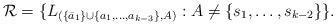
LaTeX: \begin{align*}\mathcal{R} = \{ L_{(\{\bar{a}_{1}\} \cup \{a_{1}, \ldots, a_{k-3}\}, A)} : A \neq \{s_{1}, \ldots, s_{k-2} \} \}. \end{align*}